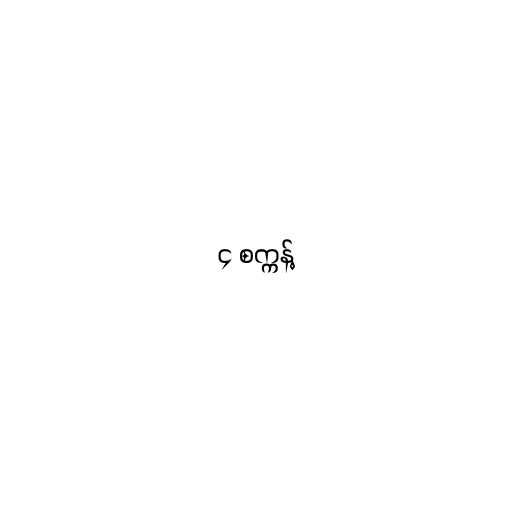
၄ စက္ကန့်